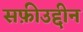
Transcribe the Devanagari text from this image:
सफ़ीउद्दीन